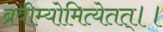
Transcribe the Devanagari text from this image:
ब्रवीम्योमित्येतत्।।